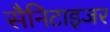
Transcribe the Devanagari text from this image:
सैनिटाइजर